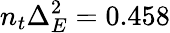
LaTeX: n_{t}\Delta_{E}^{2}=0.458